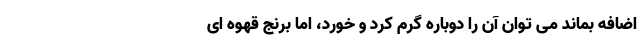
اضافه بماند می توان آن را دوباره گرم کرد و خورد، اما برنج قهوه ای